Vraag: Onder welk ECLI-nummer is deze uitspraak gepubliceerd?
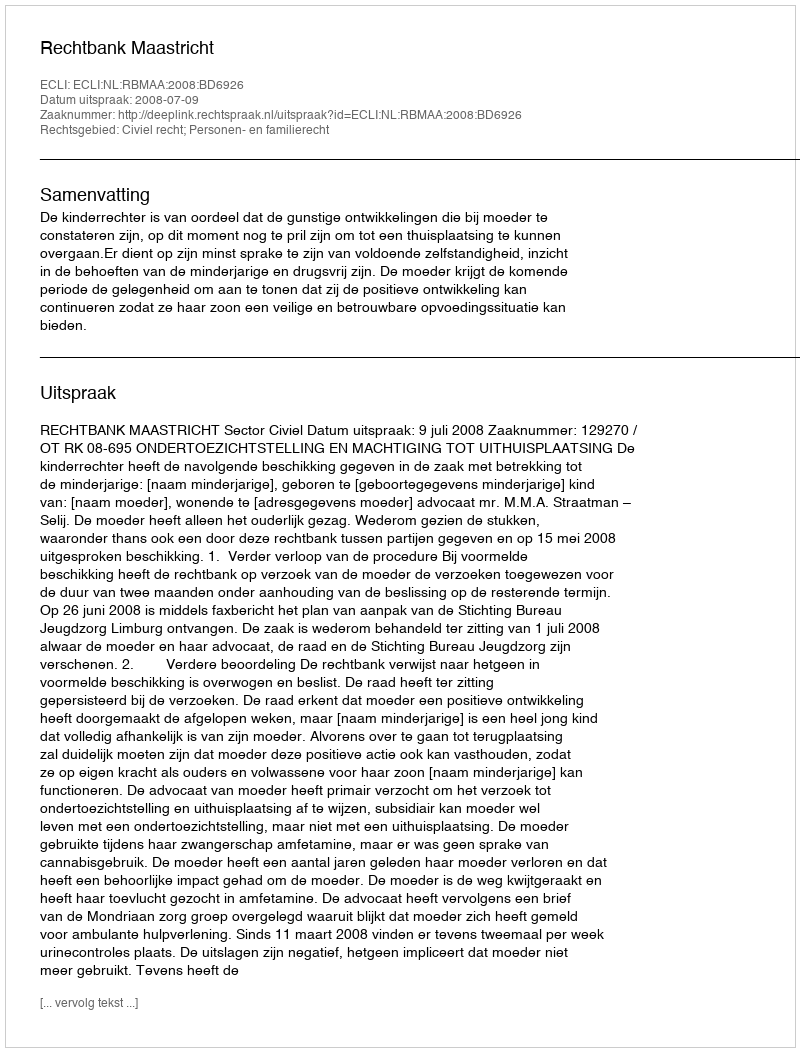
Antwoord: ECLI:NL:RBMAA:2008:BD6926